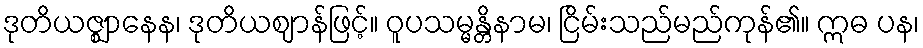
ဒုတိယဇ္ဈာနေန၊ ဒုတိယဈာန်ဖြင့်။ ဝူပသမ္မန္တိနာမ၊ ငြိမ်းသည်မည်ကုန်၏။ ဣဓ ပန၊